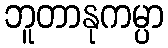
ဘူတာနုကမ္ပာ